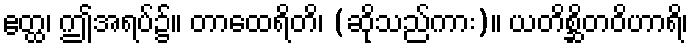
ဧတ္ထ၊ ဤအရပ်၌။ တာထေရိတိ၊ (ဆိုသည်ကား)။ ယတိစ္ဆိတဝိဟာရိ၊